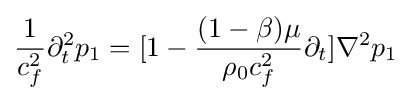
{1 \over {c_{f}^{2}}}\partial _{t}^{2}{p_{1}}=[1-{{(1-\beta )\mu } \over {{\rho _{0}}c_{f}^{2}}}{\partial _{t}}]{\nabla ^{2}}{p_{1}}